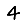
Digit: 4